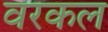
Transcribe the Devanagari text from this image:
वरकल